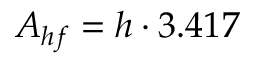
A _ { h f } = h \cdot 3 . 4 1 7